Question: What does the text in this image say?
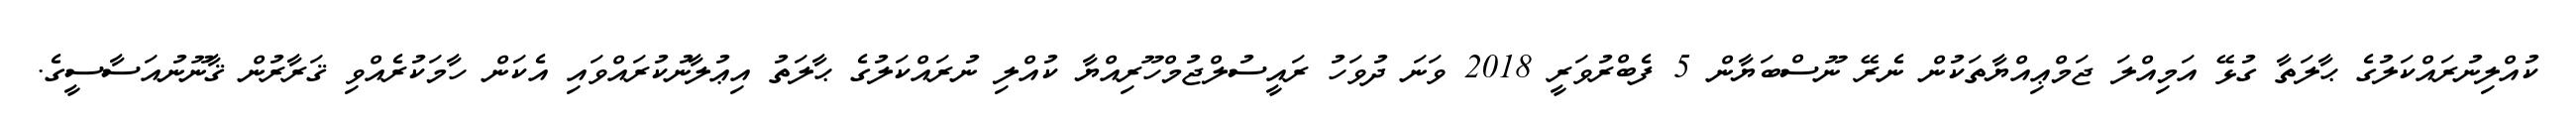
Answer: ކުއްލިނުރައްކަލުގެ ޙާލަތާ ގުޅޭ އަމިއްލަ ޖަމްޢިއްޔާތަކުން ނެރޭ ނޫސްބަޔާން 5 ފެބްރުވަރީ 2018 ވަނަ ދުވަހު ރައީސުލްޖުމްހޫރިއްޔާ ކުއްލި ނުރައްކަލުގެ ޙާލަތު އިޢުލާނުކުރައްވައި އެކަން ހާމަކުރެއްވި ޤަރާރުން ޤާނޫނުއަސާސީގެ.